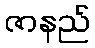
ဇာနည်